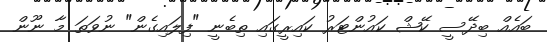
ބައެއް ބިދޭސީ ކޭޝް ކައުންޓަރު ކައިރީގައި ތިބެނީ "ފިލައިގެން" ނުވަތަ މާ ނޫން